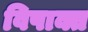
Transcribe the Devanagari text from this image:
विषाक्त